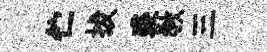
伫拔裘教三